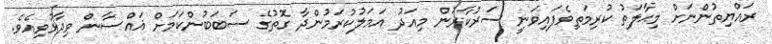
ރައްޔިތުންނަށް މިޙާލަތު ކުރިމަތިވެފައިވަނީ ސަރުކާރުން މިއަދު އަމަލުކުރަމުންދާ ގޮތުގެ ސަބަބުންކަމަށް ޣައްސާން ވިދާޅުވިއެވެ.